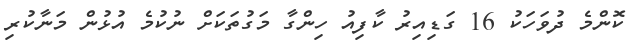
ކޮންމެ ދުވަހަކު 16 ގަޑިއިރު ކާފިއު ހިންގާ މަގުތަކަށް ނުކުމެ އުޅުން މަނާކުރި